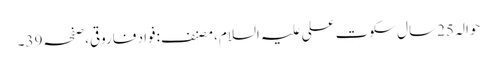
حوالہ 25سال سکوتِ علی علیہ السلام،مصنف:فواد فاروقی،صفحہ39۔